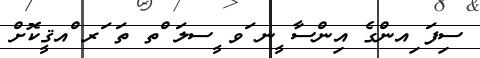
ސިފަ ިއންގެ އިންސާ ީނ ަވ ީސލަ ްތ ތަ ަރ ްއޤީކޮށް